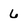
Character: 6